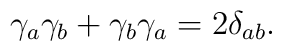
\gamma _a\gamma _b+\gamma _b\gamma _a=2\delta_{ab}.